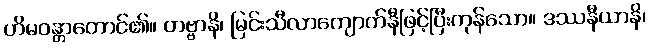
ဟိမဝန္တာတောင်၏။ တဗ္ဗာနိ၊ မြင်းသီလာကျောက်နီဖြင့်ပြီးကုန်သော။ ဒဿနီယာနိ၊